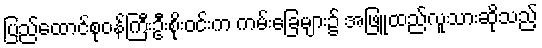
ပြည်ထောင်စုဝန်ကြီးဦးစိုးဝင်းက ကမ်းခြေများ၌ အဖြူထည်လူသားဆိုသည့်